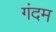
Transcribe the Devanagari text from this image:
गंदम